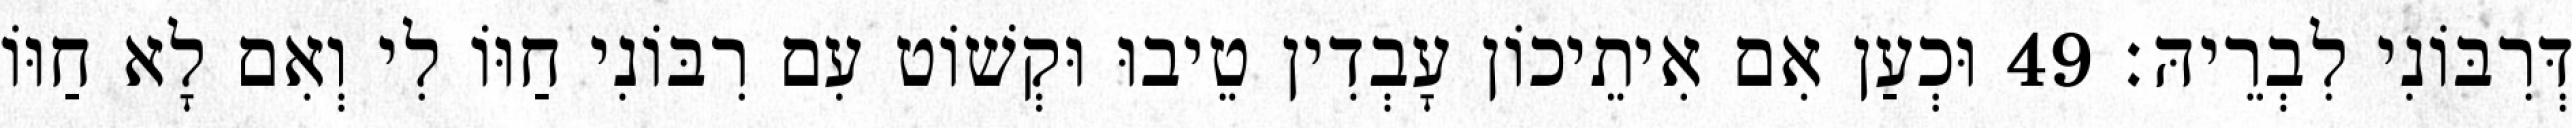
דְּרִבּוֹנִי לִבְרֵיהּ׃ 49 וּכְעַן אִם אִיתֵיכוֹן עָבְדִין טֵיבוּ וּקְשׁוֹט עִם רִבּוֹנִי חַוּוֹ לִי וְאִם לָא חַוּוֹ